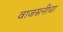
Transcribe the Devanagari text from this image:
वाजसनीचा